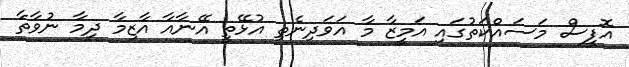
އޮފީސް މަސައްކަތުގައި އަމީޒާ މާ އަވަދިނެތި އުޅޭތީ އޭނާއާ އާޒިމާ ދިމާ ނުވާތާ